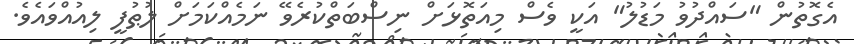
އެގޮތުން "ސައްދުވު މަޑުލު" އަކީ ވެސް މިއަތޮޅަށް ނިސްބަތްކުރެވޭ ނަމެއްކަމަށް ލުޠުފީ ލިއުއްވައެވެ.